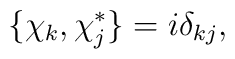
\{\chi_{k}, \chi^{*}_{j}\} = i \delta_{kj},